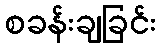
စခန်းချခြင်း